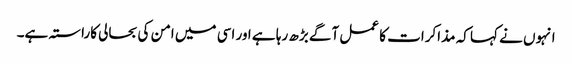
انہوں نے کہا کہ مذاکرات کا عمل آگے بڑھ رہا ہے اور اسی میں امن کی بحالی کاراستہ ہے۔